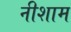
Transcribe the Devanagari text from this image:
नीशाम